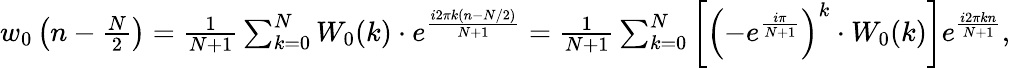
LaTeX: {\begin{array}{r}{w_{0}\left(n-{\frac{N}{2}}\right)={\frac{1}{N+1}}\sum_{k=0}^{N}W_{0}(k)\cdot e^{\frac{i2\pi k(n-N/2)}{N+1}}={\frac{1}{N+1}}\sum_{k=0}^{N}\left[\left(-e^{\frac{i\pi}{N+1}}\right)^{k}\cdot W_{0}(k)\right]e^{\frac{i2\pi kn}{N+1}},}\end{array}}